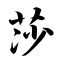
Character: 莎